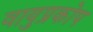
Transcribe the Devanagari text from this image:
वायुप्रकोप